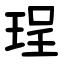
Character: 珵